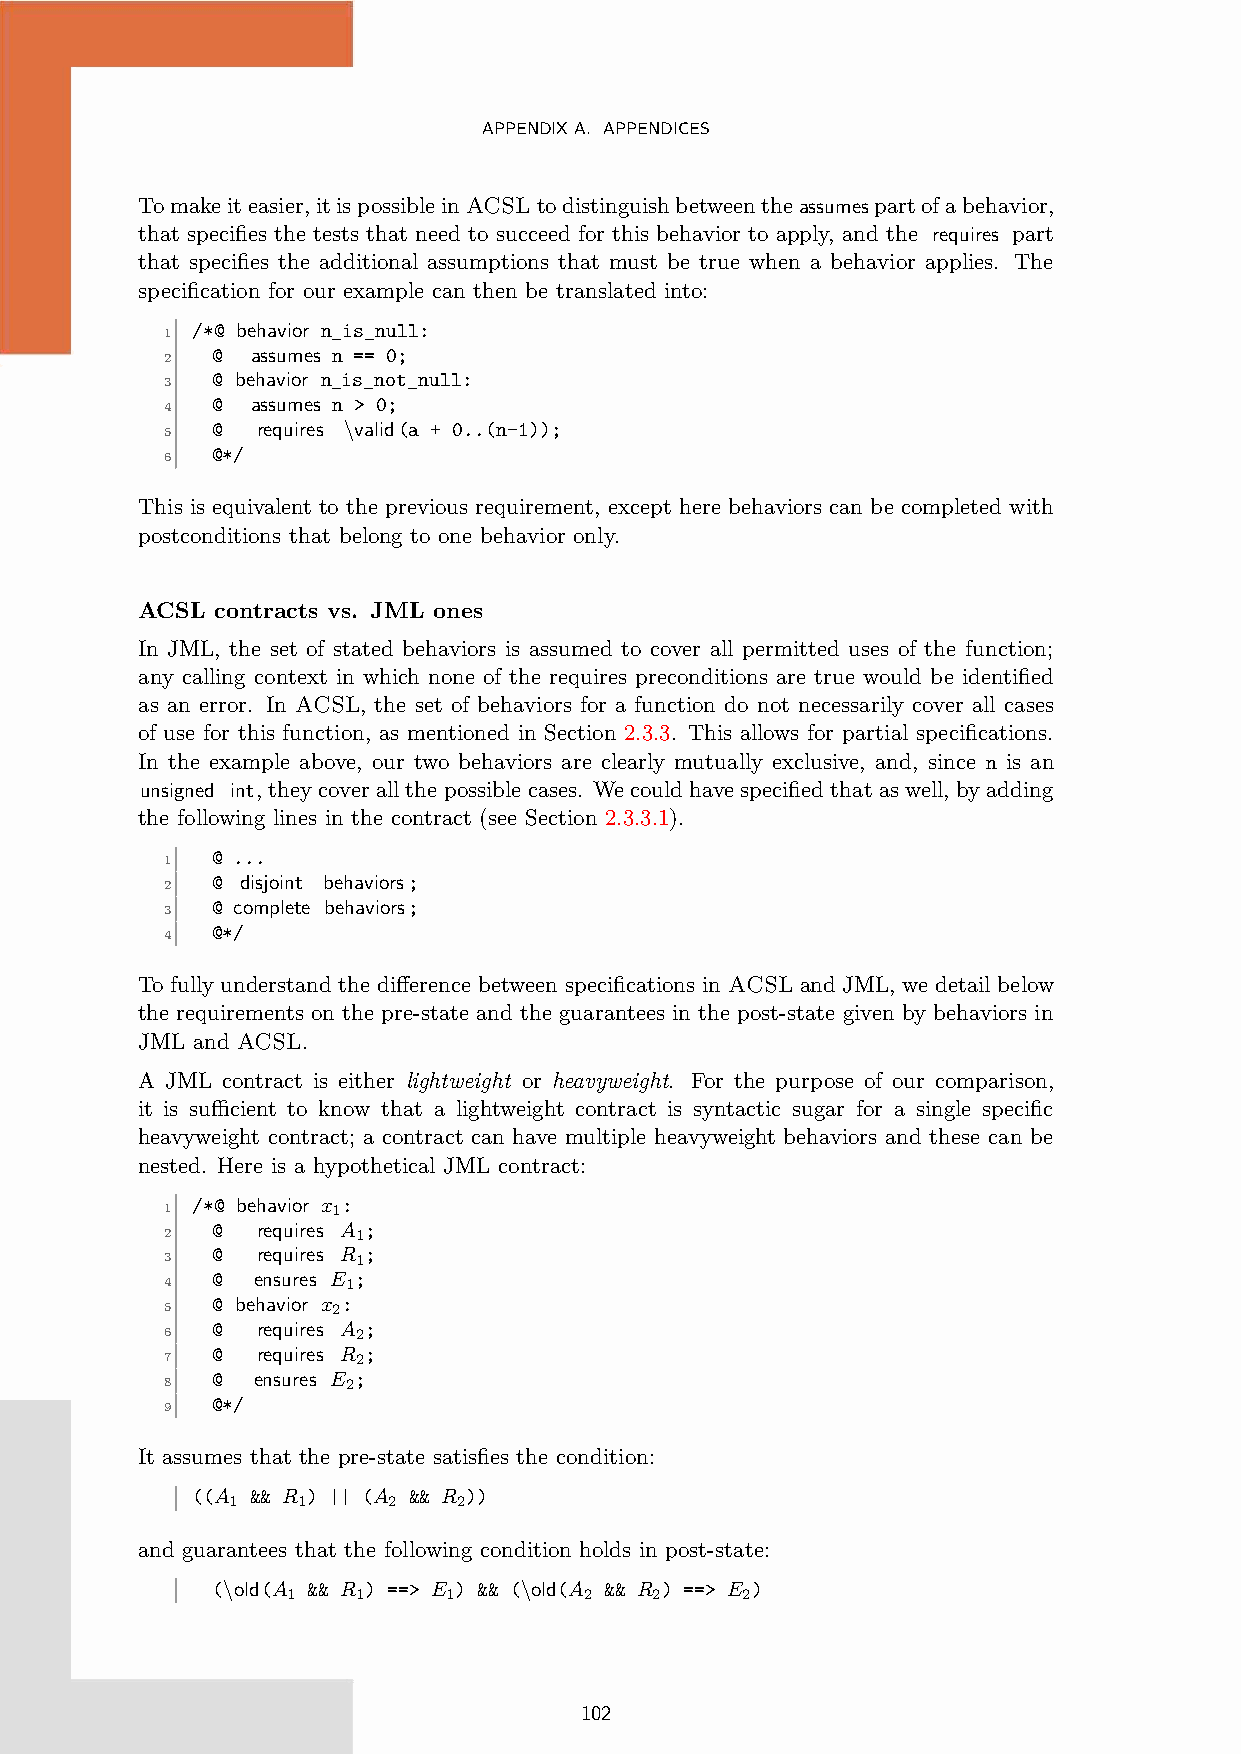
APPENDIXA. APPENDICES
 Tomakeiteasier,itispossibleinACSLtodistinguishbetweentheassumespartofabehavior,
 that specifies the tests that need to succeed for this behavior to apply, and the requires part
 that specifies the additional assumptions that must be true when a behavior applies. The
 specification for our example can then be translated into:
 /*@ behavior n_is_null:
 1
 @  assumes n == 0;
 2
 @ behavior n_is_not_null:
 3
 @  assumes n > 0;
 4
 @  requires \valid(a + 0..(n-1));
 5
 @*/
 6
 This is equivalent to the previous requirement, except here behaviors can be completed with
 postconditions that belong to one behavior only.
 ACSL contracts vs. JML ones
 In JML, the set of stated behaviors is assumed to cover all permitted uses of the function;
 any calling context in which none of the requires preconditions are true would be identified
 as an error. In ACSL, the set of behaviors for a function do not necessarily cover all cases
 of use for this function, as mentioned in Section 2.3.3. This allows for partial specifications.
 In the example above, our two behaviors are clearly mutually exclusive, and, since n is an
 unsigned int, theycoverallthepossiblecases. Wecouldhavespecifiedthataswell, byadding
 the following lines in the contract (see Section 2.3.3.1).
 @ ...
 1
 @ disjoint behaviors;
 2
 @ complete behaviors;
 3
 @*/
 4
 To fully understand the difference between specifications in ACSL and JML, we detail below
 the requirements on the pre-state and the guarantees in the post-state given by behaviors in
 JML and ACSL.
 A JML contract is either lightweight or heavyweight. For the purpose of our comparison,
 it is sufficient to know that a lightweight contract is syntactic sugar for a single specific
 heavyweight contract; a contract can have multiple heavyweight behaviors and these can be
 nested. Here is a hypothetical JML contract:
 /*@ behavior x :
 1          1
 @  requires A ;
 2            1
 @  requires R ;
 3            1
 @  ensures E ;
 4           1
 @ behavior x :
 5          2
 @  requires A ;
 6            2
 @  requires R ;
 7            2
 @  ensures E ;
 8           2
 @*/
 9
 It assumes that the pre-state satisfies the condition:
 ((A && R ) || (A && R ))
 1    1     2   2
 and guarantees that the following condition holds in post-state:
 (\old(A && R ) ==> E ) && (\old(A && R ) ==> E )
 1    1     1        2   2     2
 102